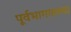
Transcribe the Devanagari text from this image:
पूर्वभागातल्या